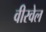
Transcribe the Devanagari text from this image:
वीरवेल